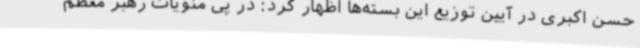
حسن اکبری در آیین توزیع این بسته‌ها اظهار کرد: در پی منویات رهبر معظم